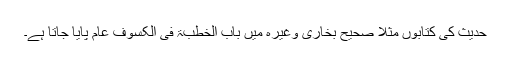
حدیث کی کتابوں مثلاً صحیح بخاری وغیرہ میں باب الخطبۃ فی الکسوف عام پایا جاتا ہے۔